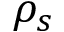
\rho _ { s }